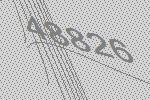
48826